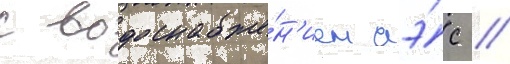
с водоснабже́н'ием аэ́с //